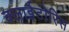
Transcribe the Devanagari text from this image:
क्लाईटोरिस